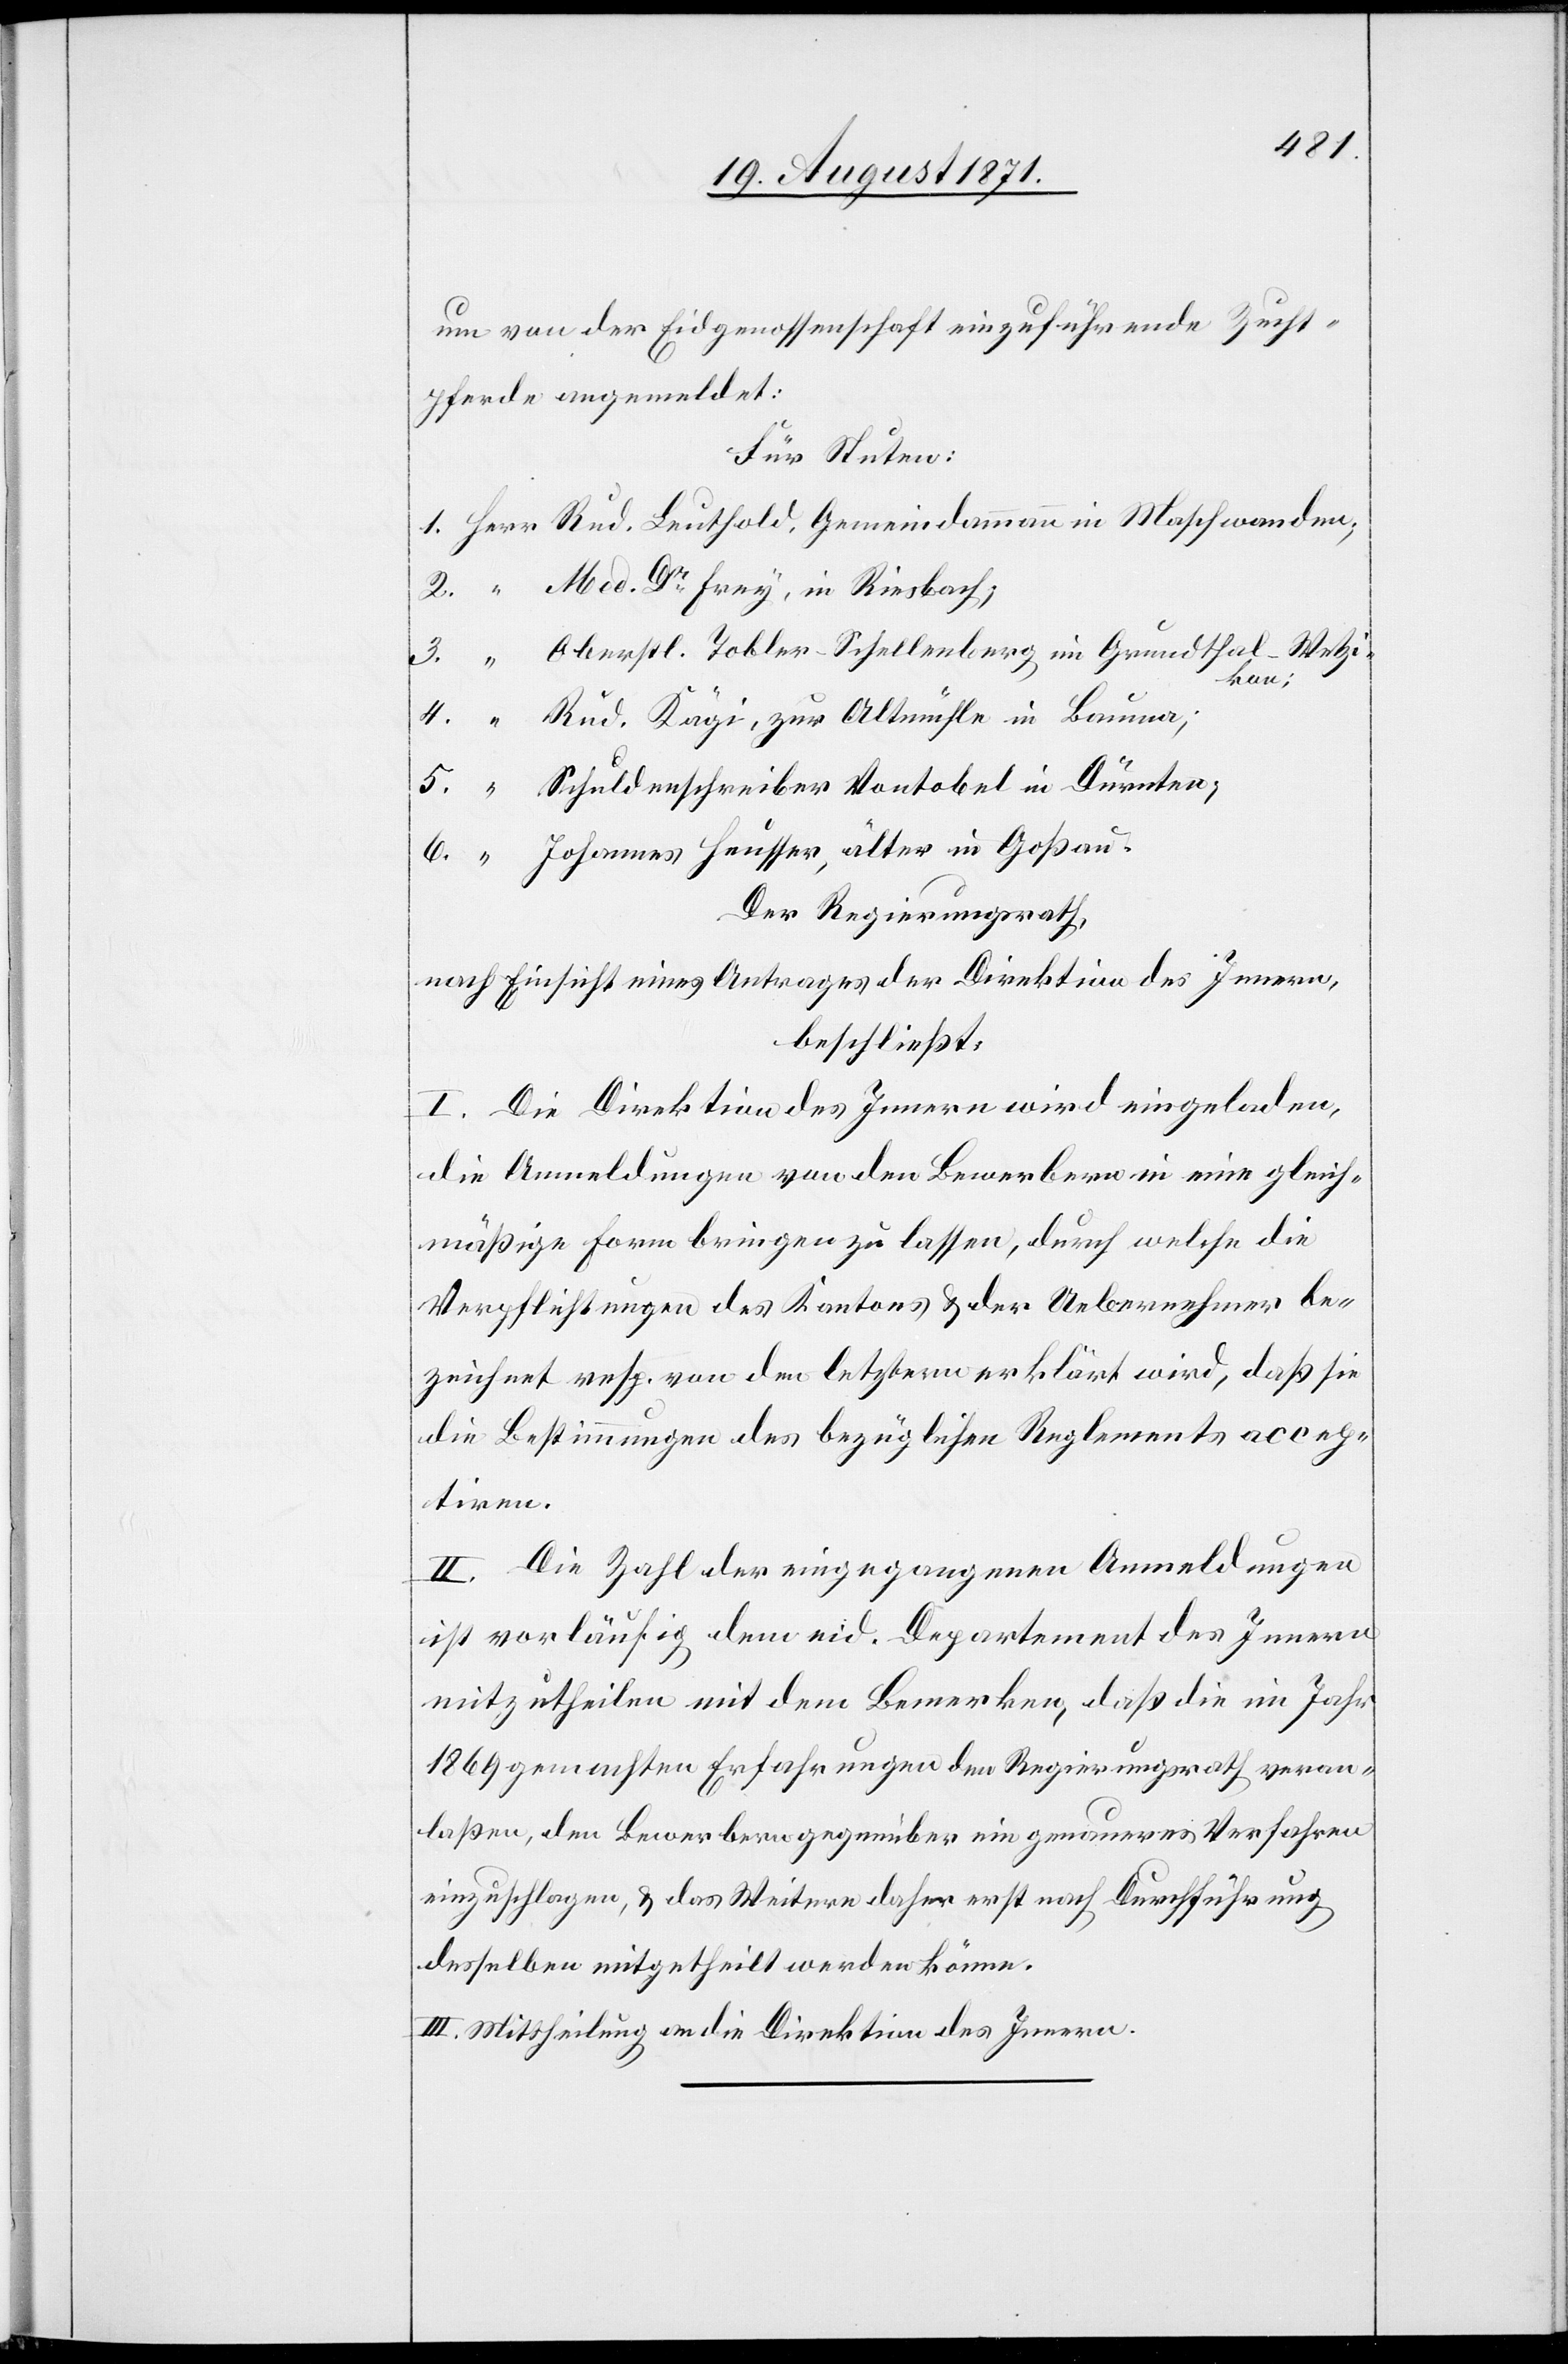
um von der Eidgenossenschaft einzuführende Zucht¬
pferde angemeldet:
Med. Dr Frey, in Riesbach;
Oberstl. Tobler Schullenberg in Grundthal-Wetzi¬
kon;
Rud. Kägi, zur Altmühle in Bauma;
Johannes Heusser, älter in Goßau.
Der Regierungsrath,
nach Einsicht eines Antrages der Direktion des Innern,
beschließt:
I. Die Direktion des Innern wird eingeladen,
die Anmeldungen von den Bewerbern in eine gleich¬
mäßige Form bringen zu lassen, durch welche die
Verpflichtungen des Kantons & der Uebernehmer be¬
zeichnet resp. von den letzteren erklärt wird, daß sie
die Bestimmungen des bezüglichen Reglements accep¬
tiren.
II. Die Zahl der eingegangenen Anmeldungen
ist vorläufig dem eid. Departement des Innern
mitzutheilen mit dem Bemerken, daß die im Jahr
1869 gemachten Erfahrungen den Regierungsrath veran¬
laßen, den Bewerbern gegenüber ein genaueres Verfahren
einzuschlagen, & das Weitere daher erst nach Durchführung
derselben mitgetheilt werden könne.
III. Mittheilung an die Direktion des Innern.